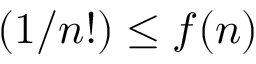
( 1 / n ! ) \leq f ( n )